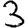
Digit: 3